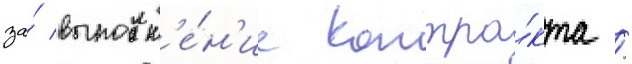
за́ выполн'е́н'ие контра́кта /